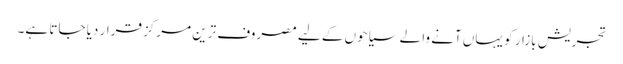
تجریش بازار کو یہاں آنے والے سیاحوں کے لیے مصروف ترین مرکز قرار دیا جاتا ہے۔